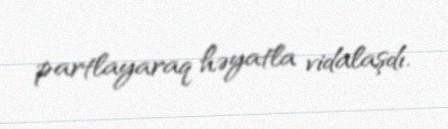
partlayaraq həyatla vidalaşdı.